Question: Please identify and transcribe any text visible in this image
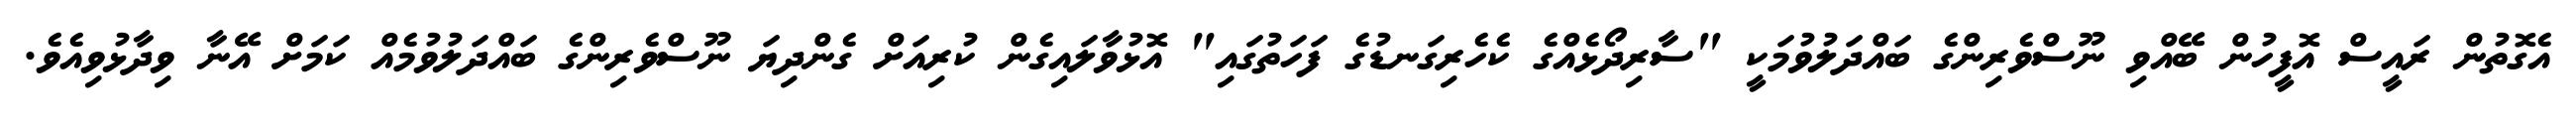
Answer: އެގޮތުން ރައީސް އޮފީހުން ބޭއްވި ނޫސްވެރިންގެ ބައްދަލުވުމަކީ "ސާރިދޯޅެއްގެ ކެހެރިގަނޑުގެ ފަހަތުގައި" އޮޅުވާލައިގެން ކުރިއަށް ގެންދިޔަ ނޫސްވެރިންގެ ބައްދަލުވުމެއް ކަމަށް އޭނާ ވިދާޅުވިއެވެ.